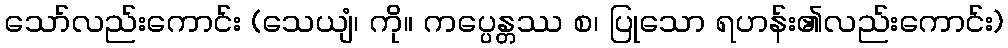
သော်လည်းကောင်း (သေယျံ၊ ကို။ ကပ္ပေန္တဿ စ၊ ပြုသော ရဟန်း၏လည်းကောင်း)